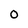
Character: 0